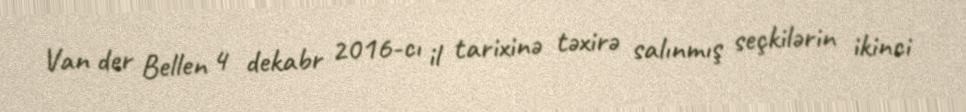
Van der Bellen 4 dekabr 2016-cı il tarixinə təxirə salınmış seçkilərin ikinci